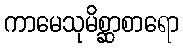
ကာမေသုမိစ္ဆာစာရော